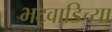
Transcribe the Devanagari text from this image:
भट्वाडिच्या